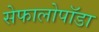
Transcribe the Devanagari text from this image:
सेफालोपॉडा